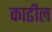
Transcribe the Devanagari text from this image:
काढील